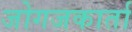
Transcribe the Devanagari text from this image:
जोगजकार्ता